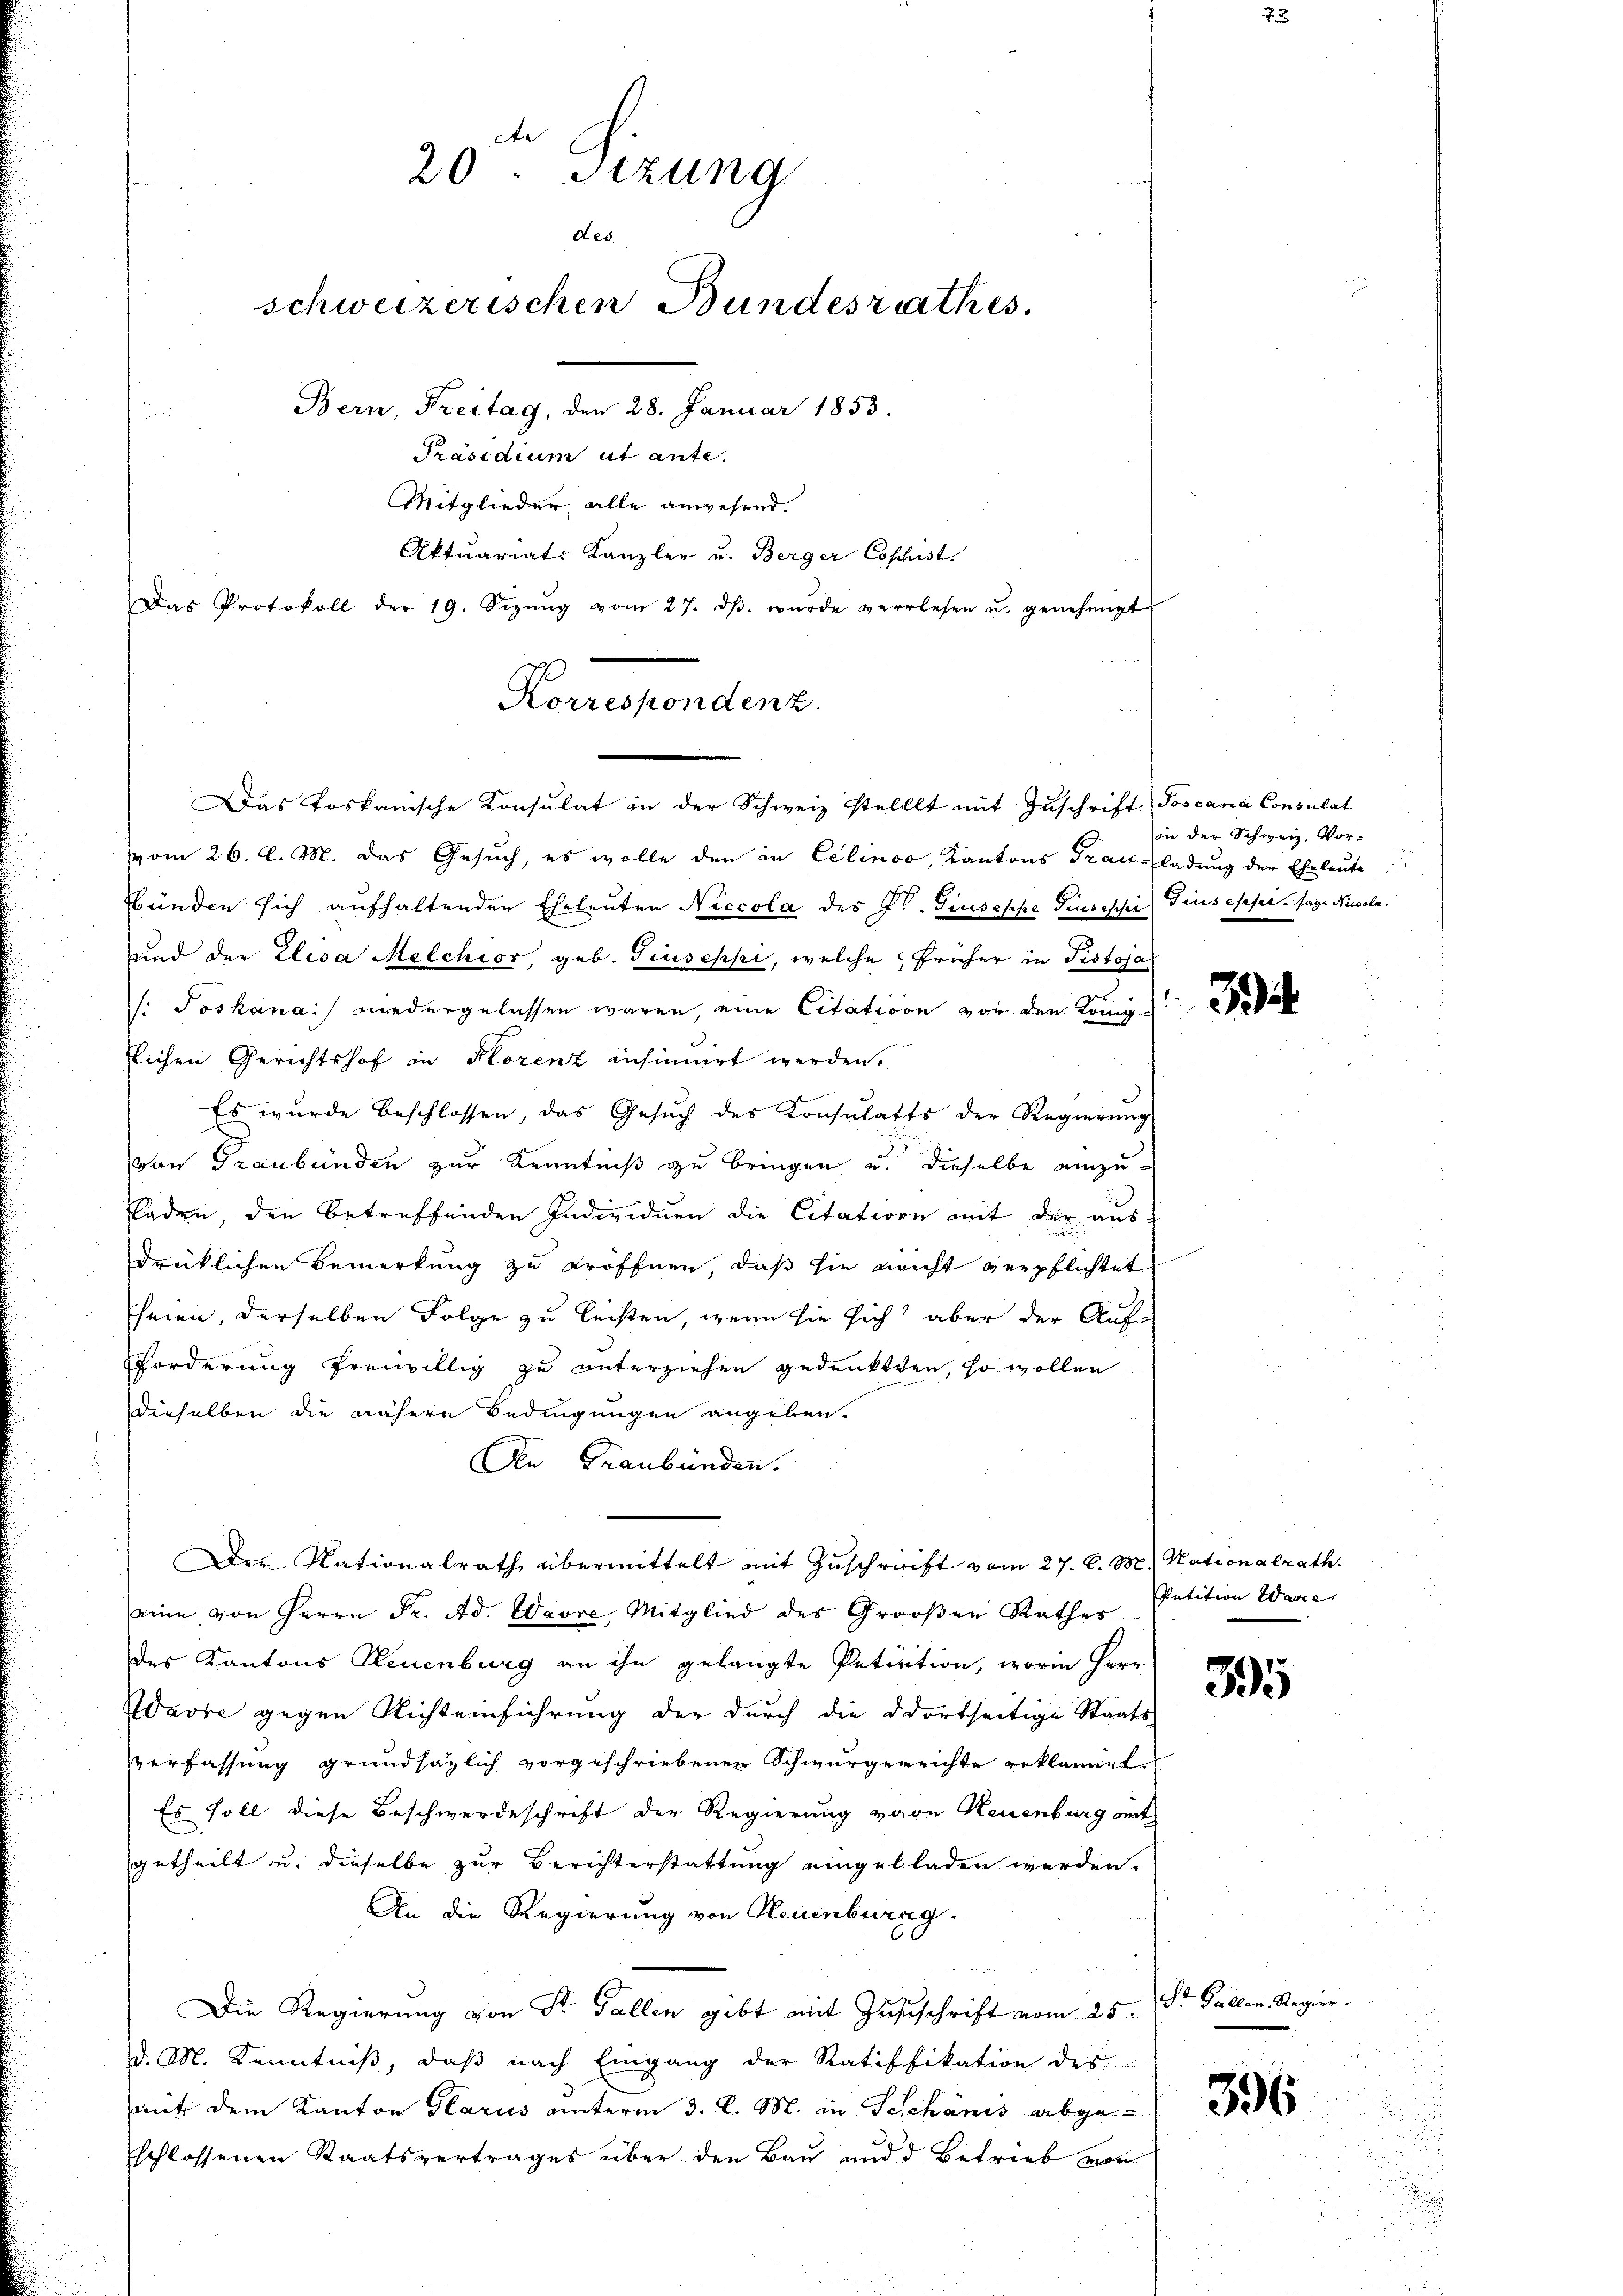
de
20. Sitzung
des
schweizerischen Bundesrathes.
Bern, Freitag, den 28. Januar 1853.
Präsidium ut ante.
Mitglieder alle anwesend.
Aktuariat Kanzler u. Berger Coshist.
Das Protokoll der 19. Sizŭng vom 27. dβ. wŭrde verlesen u. genehmigt

Korrespondenz.
Das toskanische Konsulat in der Schweiz stellt mit Zuschrift Toscana Consulat

vom 26. l. M. das Gesŭch, es wolle den in Celinoo, Kantons Trau-ladŭng der Eheleute
bünden sich aufhaltenden Eheleuten Niccola des St. Giuseppe Pensischei diesesser. sage Nicola
und der Elisa Melchior, geb. Giuseppi, welche früher in Pistoja
: Joskana niedergelassen waren, eine Citation vor den König.
flichen Gerichtshof in Florenz ansinnert werden.
Es wurde beschlossen, das Gesŭch des Konsulatts der Regierŭng
von Graubünden zur Kenntniß zu bringen u. dieselbe einzuladen, den betreffenden Individuen die Citation mit der ausdrüklichen Bemerkung zu eröffnen, daß sie nicht verpflichtet
seien, derselben Folge zu leisten, wenn sie sich aber der Auf-
Forderung freiwillig zu unterziehen gedenkten, so wollen
dieselben die nähere Bedingungen angeben.
An Graubünden.
Die Nationalrath übermittelt mit Zuschrift vom 27. d. M. Nationalrath.
eine von Herrn Fr. Ad. Ware Mitglied des Großen Rathes
des Kantons Neuenburg an ihn gelangte Petition, worin Herr
Warre gegen Richteinführung der durch die dortseitige Staats-
verfassung grundsätzlich vorgeschriebenen Schwurgerrichte reklamiert.
Es soll diese Beschwerdeschrift der Regierung vor Keuenburg mit
getheilt u. dieselbe zur Berichterstattung eingelladen werden.
An die Regierung von Neuenburg.
Die Regierung von Sr. Fallen gibt mit Zusischrift vom 25.
d. M. Kenntniß, daß nach Eingang der Ratifikation des
mit dem Kanton Glarus unterm 3. d. M. in Teichanis abgeschlossenen Staatsvertrages über den Bau und d. Betrieb von

oie der Schweiz. Vor-

3

Petition Ware |

395

St. Gallen. Regier

396